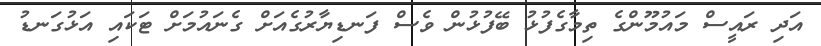
އަދި ރައީސް މައުމޫންގެ ތިމާގެފުޅު ބޭފުޅުން ވެސް ފަނޑިޔާރުގެއަށް ގެނައުމަށް ޓަކައި އަޅުގަނޑު